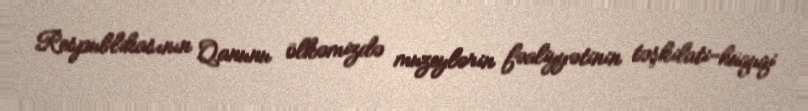
Respublikasının Qanunu ölkəmizdə muzeylərin fəaliyyətinin təşkilati-hüquqi